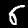
Digit: 6